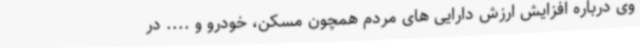
وی درباره افزایش ارزش دارایی های مردم همچون مسکن، خودرو و .... در